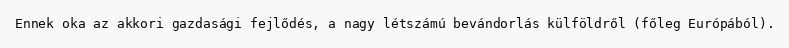
Ennek oka az akkori gazdasági fejlődés, a nagy létszámú bevándorlás külföldről (főleg Európából).